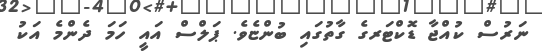
ނަރުސް ކުއްޖާ ޑޮކްޓަރގެ ގާތުގައި ބުންޏެވެ. ޕަލްސް އައީ ހަމަ ދެންމެ އަކު